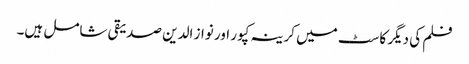
فلم کی دیگر کاسٹ میں کرینہ کپور اور نواز الدین صدیقی شامل ہیں۔